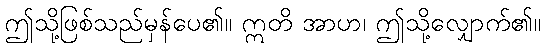
ဤသို့ဖြစ်သည်မှန်ပေ၏။ ဣတိ အာဟ၊ ဤသို့လျှောက်၏။